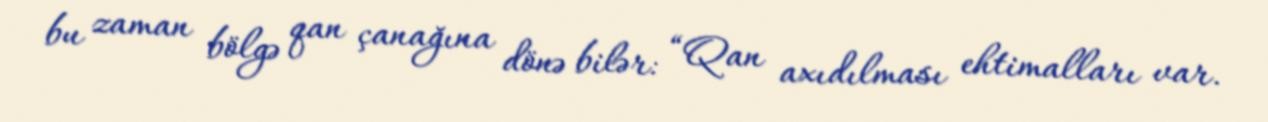
bu zaman bölgə qan çanağına dönə bilər: “Qan axıdılması ehtimalları var.